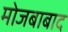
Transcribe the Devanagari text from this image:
मोजबाबाद